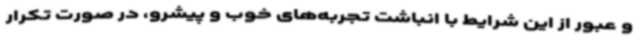
و عبور از این شرایط با انباشت تجربه‌های خوب و پیشرو، در صورت تکرار